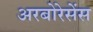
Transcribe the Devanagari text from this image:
अरबोरेसेंस